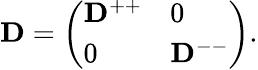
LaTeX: \mathbf{D}=\left(\begin{array}{ll}{\mathbf{D}^{++}}&{0}\\ {0}&{\mathbf{D}^{--}}\end{array}\right).